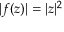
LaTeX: | f ( z ) | = | z | ^ { 2 }